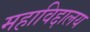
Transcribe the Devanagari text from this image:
महाविद्दालय